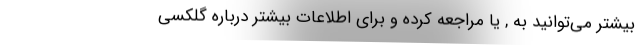
بیشتر می‌توانید به , یا مراجعه کرده و برای اطلاعات بیشتر درباره گلکسی